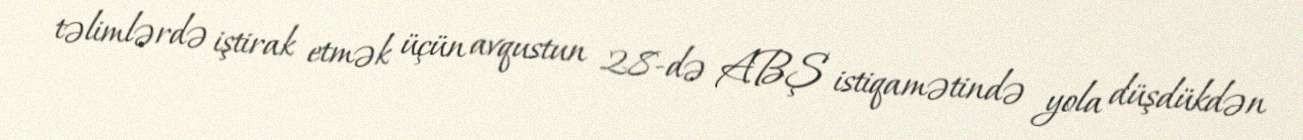
təlimlərdə iştirak etmək üçün avqustun 28-də ABŞ istiqamətində yola düşdükdən